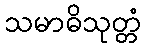
သမာဓိသုတ္တံ